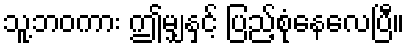
သူ့ဘဝကား ဤမျှနှင့် ပြည့်စုံနေလေပြီ။